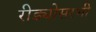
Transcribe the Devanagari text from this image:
रीड्योसरभी